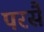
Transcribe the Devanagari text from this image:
परसै